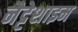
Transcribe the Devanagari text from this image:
नैट्टेशाइम